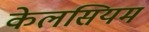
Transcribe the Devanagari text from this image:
केलसियम